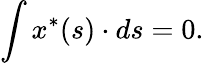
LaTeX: \int x^{\ast}(s)\cdot ds=0.